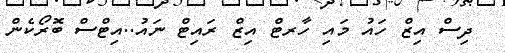
ދިސް އިޒް ހައު މައި ހާރޓް އިޒް ރައިޓް ނައު..އިޓްސް ބޮރޯކެން